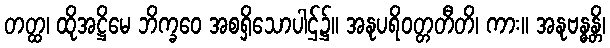
တတ္ထ၊ ထိုအဋ္ဌိမေ ဘိက္ခဝေ အစရှိသောပါဌ်၌။ အနုပရိဝတ္တတီတိ၊ ကား။ အနုဗန္ဓန္တိ၊